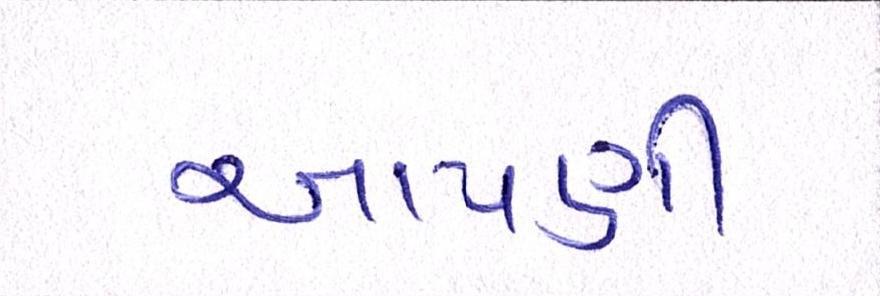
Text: આપણી